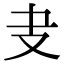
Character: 叏